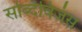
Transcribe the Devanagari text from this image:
सब्दिविजंस